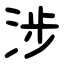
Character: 涉